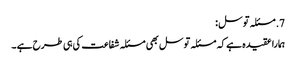
7. مسئلہ توسل :
ہمارا عقیدہ ہے کہ مسئلہ توسل بھی مسئلہ شفاعت کی ہی طرح ہے ۔